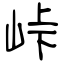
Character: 峠